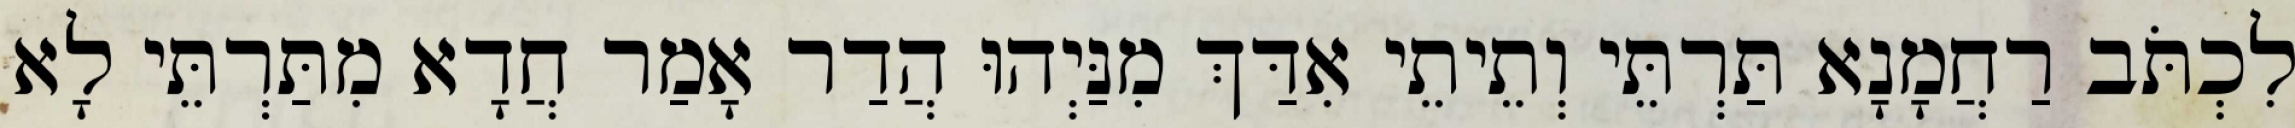
לִכְתֹּב רַחֲמָנָא תַּרְתֵּי וְתֵיתֵי אִדַּךְ מִנַּיְהוּ הֲדַר אָמַר חֲדָא מִתַּרְתֵּי לָא